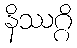
နိဿဂ္ဂိ